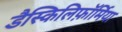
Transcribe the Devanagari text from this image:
डैस्किलिफ़ॉर्मिया